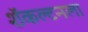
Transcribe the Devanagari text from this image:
शॅकल्टनला